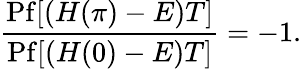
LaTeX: \frac{\mathrm{Pf}[(H(\pi)-E)T]}{\mathrm{Pf}[(H(0)-E)T]}=-1.